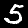
Digit: 5